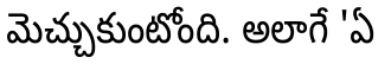
మెచ్చుకుంటోంది. అలాగే 'ఏ